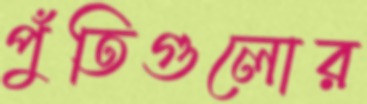
পুঁতিগুলোর